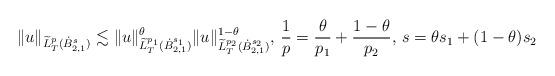
LaTeX: \begin{align*}\|u\|_{\widetilde{L}^p_{T}(\dot{B}_{2,1}^s)}\lesssim\|u\|^\theta_{\widetilde{L}^{p_1}_{T}(\dot{B}_{2,1}^{s_1})}\|u\|^{1-\theta}_{\widetilde{L}^{p_2}_{T}(\dot{B}_{2,1}^{s_2})}, \, \frac{1}{p}=\frac{\theta}{p_1}+\frac{1-\theta}{p_2}, \, s=\theta s_1+(1-\theta)s_2\end{align*}